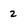
Character: 2